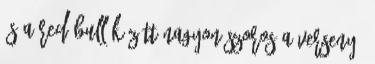
és a Red Bull között nagyon szoros a verseny,